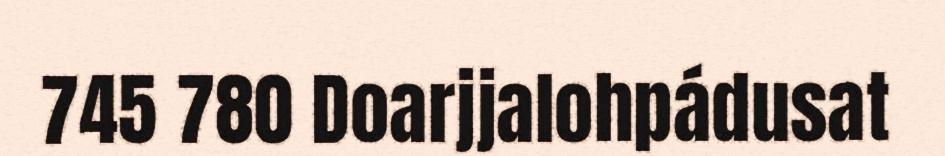
745 780 Doarjjalohpádusat